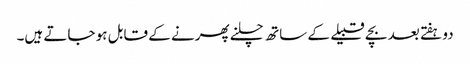
دو ہفتے بعد بچے قبیلے کے ساتھ چلنے پھرنے کے قابل ہو جاتے ہیں۔